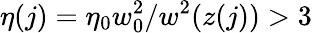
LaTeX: \eta(j)=\eta_{0}w_{0}^{2}/w^{2}(z(j))>3